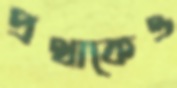
প্রথাকেও